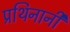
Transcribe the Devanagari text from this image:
प्रथिनानी